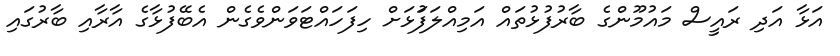
އަޅާ އަދި ރައީސް މައުމޫންގެ ބާރުފުޅުތައް އަމިއްލަފުަޅަށް ހިފަހައްޓަވަންވެގެން އެބޭފުޅާގެ އާރާއި ބާރުގައި